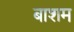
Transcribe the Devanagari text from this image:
बाशम